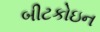
બીટકોઇન